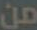
من